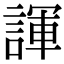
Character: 諢